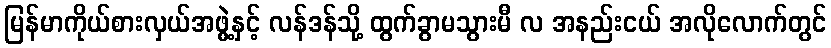
မြန်မာကိုယ်စားလှယ်အဖွဲ့နှင့် လန်ဒန်သို့ ထွက်ခွာမသွားမီ လ အနည်းငယ် အလိုလောက်တွင်